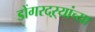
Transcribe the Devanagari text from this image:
डोंगरदऱ्यांच्या